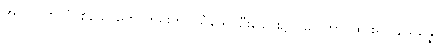
အလ္လပလာလံ၊ စိုသောကောက်ရိုးကို။ သီသေ၊ ဦးခေါင်း၌။ ဌပေတွာ၊ ထား၍။ နိသိန္နော၊